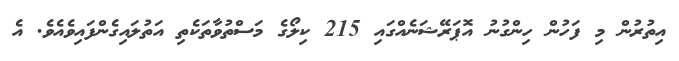
އިތުރުން މި ފަހުން ހިންގުނު އޮޕަރޭޝަނެއްގައި 215 ކިލޯގެ މަސްތުވާތަކެތި އަތުލައިގެންފައިވެއެވެ. އެ